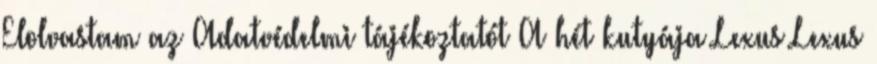
Elolvastam az Adatvédelmi tájékoztatót A hét kutyája Lexus Lexus